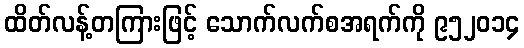
ထိတ်လန့်တကြားဖြင့် သောက်လက်စအရက်ကို ၉၅၂၀၁၄